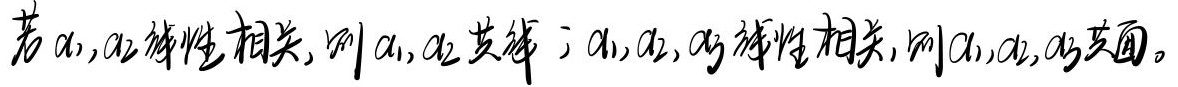
若\(\alpha_1,\alpha_2\)线性相关，则\(\alpha_1,\alpha_2\)共线；若\(\alpha_1,\alpha_2,\alpha_3\)线性相关，则\(\alpha_1,\alpha_2,\alpha_3\)共面。